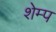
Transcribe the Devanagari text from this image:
शेम्प